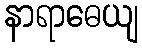
နာရာဓေယျ